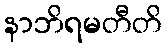
နာဘိရမတီတိ